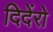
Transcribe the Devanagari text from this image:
दिदेंरो